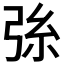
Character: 𢏛